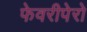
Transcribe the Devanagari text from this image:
फेवरीपेरो